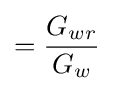
={\frac {G_{wr}}{G_{w}}}